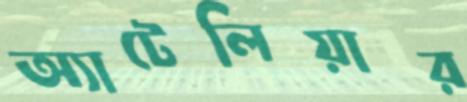
অ্যাটেলিয়ার